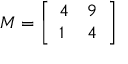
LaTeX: M = \left[ { \begin{array} { l l } { 4 } & { 9 } \\ { 1 } & { 4 } \end{array} } \right]